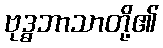
ဗုဒ္ဓဘာသာတို့၏